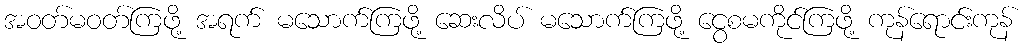
အဝတ်မဝတ်ကြဖို့ အရက် မသောက်ကြဖို့ ဆေးလိပ် မသောက်ကြဖို့ ငွေစမကိုင်ကြဖို့ ကုန်ရောင်းကုန်